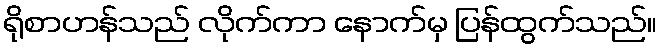
ရိုစာဟန်သည် လိုက်ကာ နောက်မှ ပြန်ထွက်သည်။